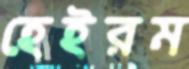
হেইরম